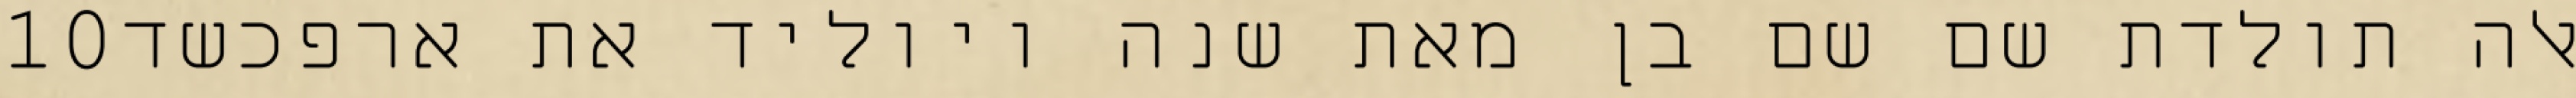
‎10‏ אלה תולדת שם שם בן מאת שנה ויוליד את ארפכשד